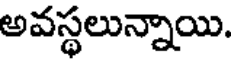
అవస్థలున్నాయి.